Civil Veterinary Dept. North-West Frontier Province 1933-46 - 1933-1946
Year: 1933
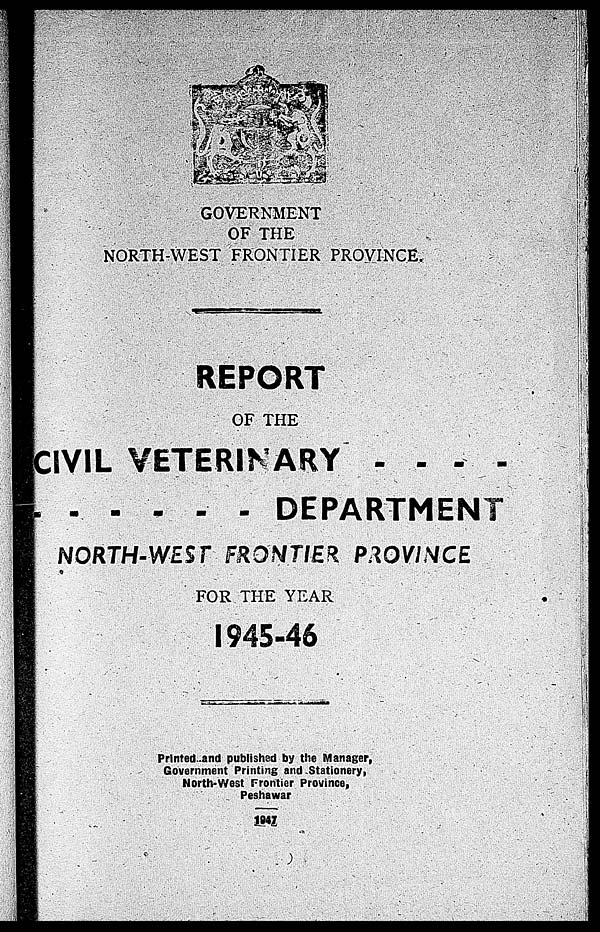
GOVERNMENT
OF THE
NORTH-WEST FRONTIER PROVINCE.
REPORT
OF THE
CIVIL VETERINARY . . . .
. . . . . . DEPARTMENT
NORTH-WEST FRONTIER PROVINCE
FOR THE YEAR
1945-46
Printed and published by the Manager,
Government Printing and Stationery,
North-West Frontier Province,
Peshawar
1947